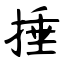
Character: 捶